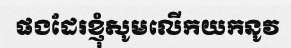
ផងដែរខ្ញុំសូមលើកយកនូវ